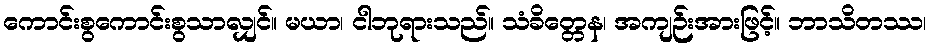
ကောင်းစွကောင်းစွသာလျှင်။ မယာ၊ ငါဘုရားသည်။ သံခိတ္တေန၊ အကျဉ်းအားဖြင့်။ ဘာသိတဿ၊